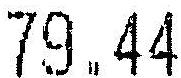
79.44